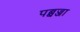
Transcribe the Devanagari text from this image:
पब्बज्जा